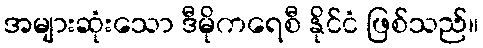
အများဆုံးသော ဒီမိုကရေစီ နိုင်ငံ ဖြစ်သည်။